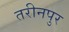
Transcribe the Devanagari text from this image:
तरीनपुर